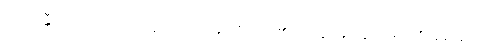
သံသရန္တီ၊ ကျင်လည်သည် ရှိသော်။ အမှာကံ၊ ငါတို့၏။ သတ္ထု၊ မြတ်စွာဘုရား၏။ နိဗ္ဗတ္တိတော၊